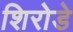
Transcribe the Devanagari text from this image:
शिरोडे